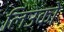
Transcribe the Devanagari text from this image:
लिउको